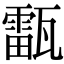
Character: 𤮚